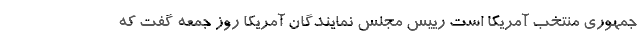
جمهوری منتخب آمریکا است رییس مجلس نمایندگان آمریکا روز جمعه گفت که